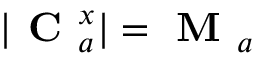
| \textbf { C } _ { a } ^ { x } | = \textbf { M } _ { a }